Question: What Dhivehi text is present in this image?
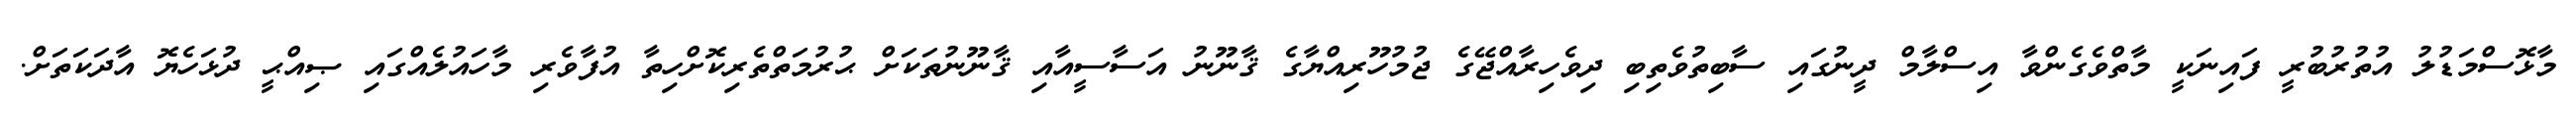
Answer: މާޅޮސްމަޑުލު އުތުރުބުރީ ފައިނަކީ މާތްވެގެންވާ އިސްލާމް ދީނުގައި ސާބިތުވެތިބި ދިވެހިރާއްޖޭގެ ޖުމުހޫރިއްޔާގެ ޤާނޫނު އަސާސީއާއި ޤާނޫނުތަކަށް ޙުރުމަތްތެރިކޮށްހިތާ އުފާވެރި މާހައުލެއްގައި ޞިއްޙީ ދުޅަހެޔޮ އާދަކަތަށް.